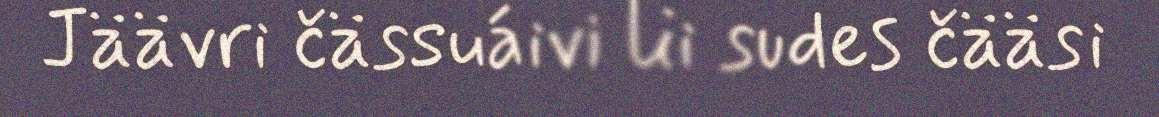
Jäävri čässuáivi lii sudes čääsi